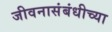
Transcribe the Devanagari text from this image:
जीवनासंबंधीच्या